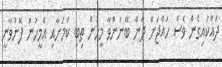
ދައްކައިގެން ވެސް ހައްޖަށް ދާން ބޭނުންވާ މީހުން ތިބި ކަމަށާއި އެމީހުން ފޮނުވާނީ